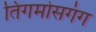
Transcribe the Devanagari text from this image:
तिंगमोसगंग